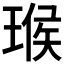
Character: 𤧝